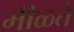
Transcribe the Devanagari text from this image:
मीळते